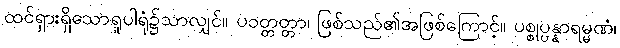
ထင်ရှားရှိသောရူပါရုံ၌သာလျှင်။ ပဝတ္တတ္တာ၊ ဖြစ်သည်၏အဖြစ်ကြောင့်။ ပစ္စုပ္ပန္နာရမ္မဏံ၊